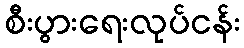
စီးပွားရေးလုပ်ငန်း